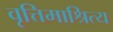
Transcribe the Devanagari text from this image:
वृत्तिमाश्रित्य